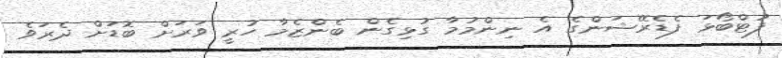
ފުޓްބޯޅަ ފެޑެރޭޝަންގެ އެ ނިންމުމާ ގުޅިގެން ބެންޒެމާ ހުރީ ވަރަށް ބޮޑަށް ދެރަވެ